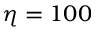
\eta = 1 0 0